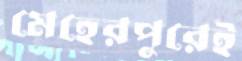
মেহেরপুরেই